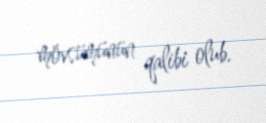
mövsümünün qalibi olub.